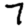
Digit: 7